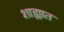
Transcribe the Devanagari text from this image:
शाह्यात